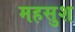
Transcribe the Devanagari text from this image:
महसुश